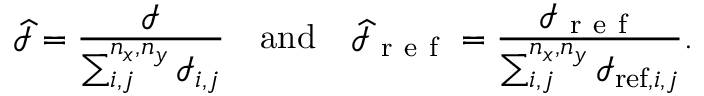
\widehat { \mathcal { I } } = \frac { \mathcal { I } } { \sum _ { i , j } ^ { n _ { x } , n _ { y } } \mathcal { I } _ { i , j } } \quad \mathrm { a n d } \quad \widehat { \mathcal { I } } _ { \mathrm { ~ r ~ e ~ f ~ } } = \frac { \mathcal { I } _ { \mathrm { ~ r ~ e ~ f ~ } } } { \sum _ { i , j } ^ { n _ { x } , n _ { y } } \mathcal { I } _ { \mathrm { r e f } , i , j } } .